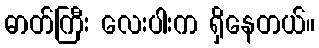
ဓာတ်ကြီး လေးပါးက ရှိနေတယ်။